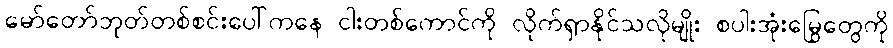
မော်တော်ဘုတ်တစ်စင်းပေါ်ကနေ ငါးတစ်ကောင်ကို လိုက်ရှာနိုင်သလိုမျိုး စပါးအုံးမြွေတွေကို